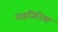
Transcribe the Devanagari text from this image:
नाइजिरिया